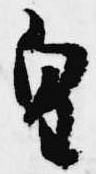
皇